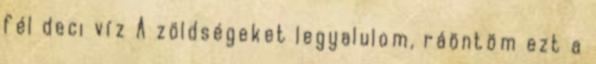
fél deci víz A zöldségeket legyalulom, ráöntöm ezt a